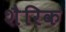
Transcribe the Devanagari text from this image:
शैरिक